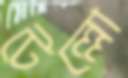
টেল্লো